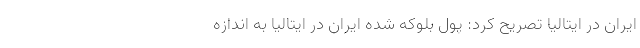
ایران در ایتالیا تصریح کرد: پول بلوکه شده ایران در ایتالیا به اندازه